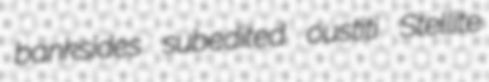
banksides subedited oustiti Stellite